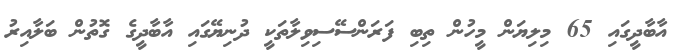
އާބާދީގައި 65 މިލިޔަން މީހުން ތިބި ފަރަންސޭސިވިލާތަކީ ދުނިޔޭގައި އާބާދީގެ ގޮތުން ބަލާއިރު